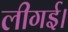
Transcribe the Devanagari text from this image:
लीगई।